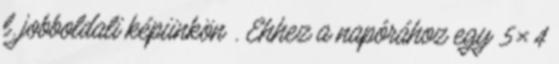
l. jobboldali képünkön . Ehhez a napórához egy 5×4